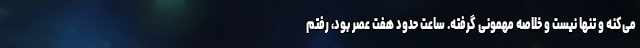
می‌کنه و تنها نیست و خلاصه مهمونی گرفته. ساعت حدود هفت عصر بود، رفتم